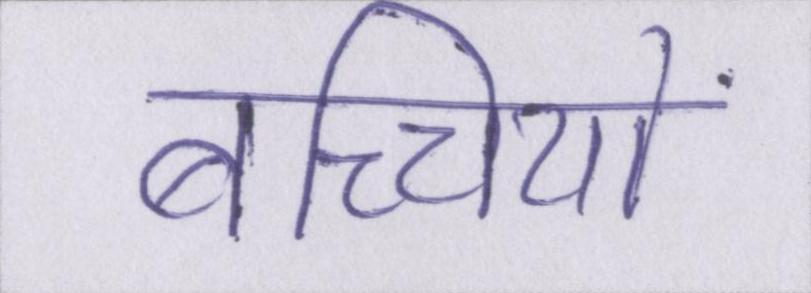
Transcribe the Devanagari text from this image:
बच्चियों